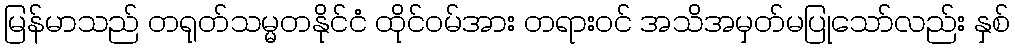
မြန်မာသည် တရုတ်သမ္မတနိုင်ငံ ထိုင်ဝမ်အား တရားဝင် အသိအမှတ်မပြုသော်လည်း နှစ်